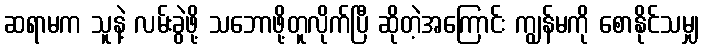
ဆရာမက သူနဲ့ လမ်းခွဲဖို့ သဘောဖို့တူလိုက်ပြီ ဆိုတဲ့အကြောင်း ကျွန်မကို စောနိုင်သမျှ